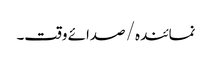
نمائندہ/ صدائے وقت۔